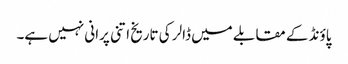
پاؤنڈ کے مقابلے میں ڈالر کی تاریخ اتنی پرانی نہیں ہے۔